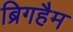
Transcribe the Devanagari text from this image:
ब्रिगहैम